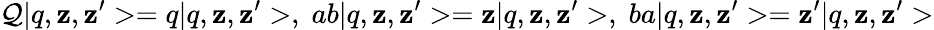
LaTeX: \mathcal{Q}|q,\mathbf{z},\mathbf{z}^{\prime}>=q|q,\mathbf{z},\mathbf{z}^{\prime}>,\; ab|q,\mathbf{z},\mathbf{z}^{\prime}>=\mathbf{z}|q,\mathbf{z},\mathbf{z}^{\prime}>,\; ba|q,\mathbf{z},\mathbf{z}^{\prime}>=\mathbf{z}^{\prime}|q,\mathbf{z},\mathbf{z}^{\prime}>